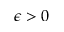
\epsilon > 0